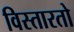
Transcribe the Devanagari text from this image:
विस्तारतो